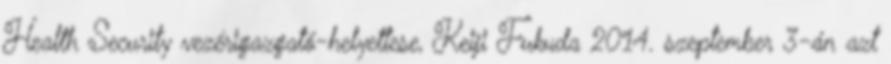
Health Security vezérigazgató-helyettese, Keiji Fukuda 2014. szeptember 3-án azt